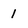
Character: 1